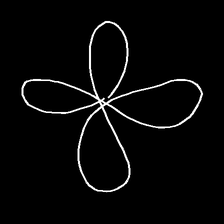
Glyph: billowing